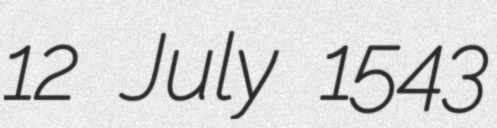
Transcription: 12 July 1543